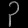
Digit: ၃